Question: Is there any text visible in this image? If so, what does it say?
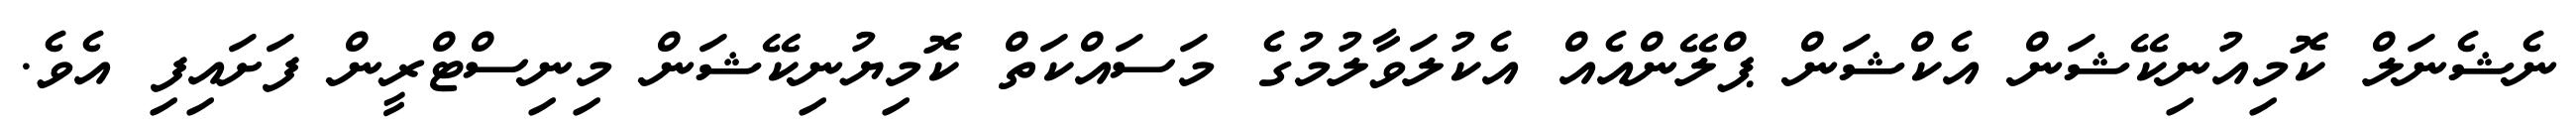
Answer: ނެޝެނަލް ކޮމިއުނިކޭޝަން އެކްޝަން ޕްލޭންއެއް އެކުލަވާލުމުގެ މަސައްކަތް ކޮމިޔުނިކޭޝަން މިނިސްޓްރީން ފަށައިފި އެވެ.